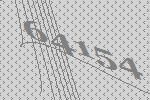
64154